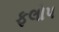
ફલોપ